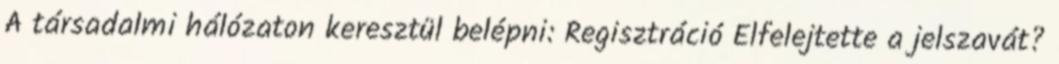
A társadalmi hálózaton keresztül belépni: Regisztráció Elfelejtette a jelszavát?